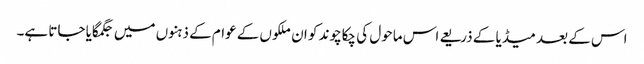
اس کے بعد میڈیا کے ذریعے اس ماحول کی چکاچوند کو ان ملکوں کے عوام کے ذہنوں میں جگمگایا جاتا ہے۔